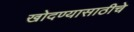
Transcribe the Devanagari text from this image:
खोदण्यासाठीचे